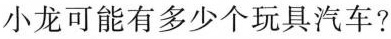
小龙可能有多少个玩具汽车?